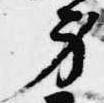
身